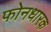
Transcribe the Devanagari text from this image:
फोनधारक